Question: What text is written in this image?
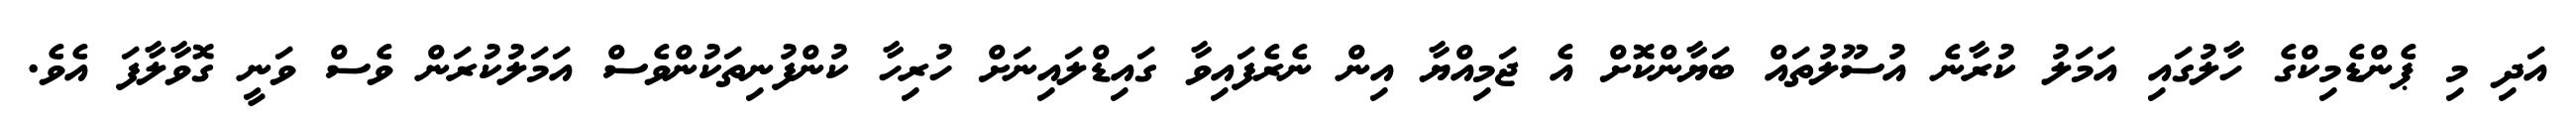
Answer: އަދި މި ޕެންޑެމިކްގެ ހާލުގައި އަމަލު ކުރާނެ އުސޫލުތައް ބަޔާންކޮށް އެ ޖަމިއްޔާ އިން ނެރެފައިވާ ގައިޑްލައިނަށް ހުރިހާ ކުންފުނިތަކުންވެސް އަމަލުކުރަން ވެސް ވަނީ ގޮވާލާފަ އެވެ.